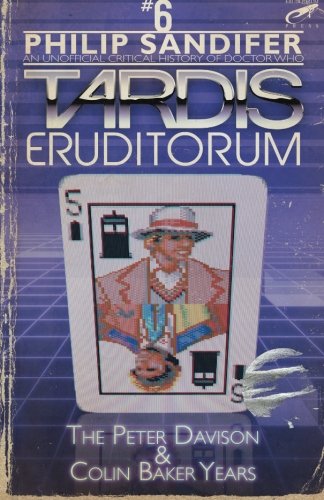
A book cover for TARDIS Eruditorum - An Unofficial Critical History of Doctor Who Volume 6: Peter Davison and Colin Baker; Philip Sandifer; Humor & Entertainment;